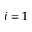
i = 1